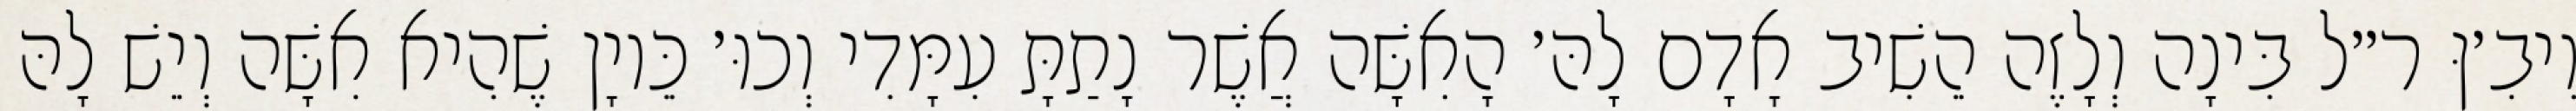
וִיבִ׳ןּ ר״ל בִּינָה וְלָזֶה הֵשִׁיב אָדָם לָהּ׳ הָאִשָּׁה אֲשֶׁר נָתַתָּ עִמָּדִי וְכוּ׳ כֵּיוָן שֶׁהִיא אִשָּׁה וְיֵשׁ לָהּ